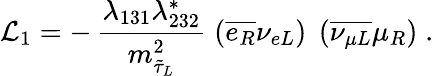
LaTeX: {\cal L}_{1}=-\, \frac{\lambda_{131}\lambda_{232}^{*}}{m_{\tilde{\tau}_{L}}^{2}}\; \left(\overline{{{e_{R}}}}\nu_{eL}\right)\; \left(\overline{{{\nu_{\mu L}}}}\mu_{R}\right)\; .